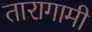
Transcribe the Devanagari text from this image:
तारागामी